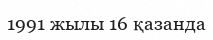
1991 жылы 16 қазанда